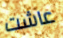
عاشت